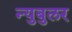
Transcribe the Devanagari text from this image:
न्‍युबुलर